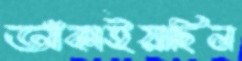
আঁকাইয়াছিল